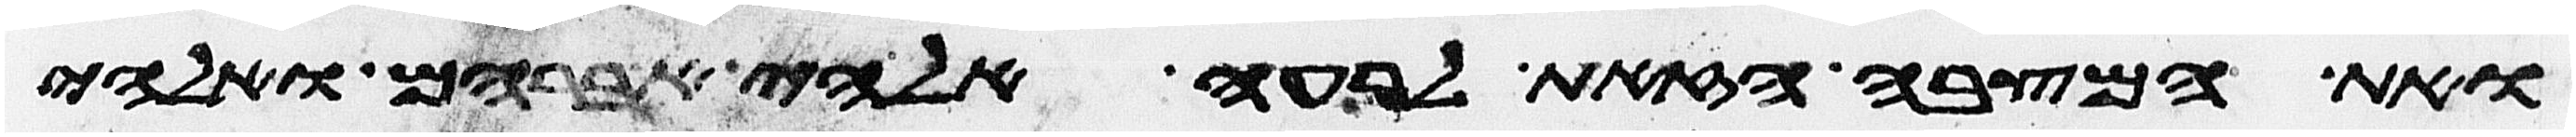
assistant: ואת המצבה הזאת לרעה אלהי אברהם ואלהי